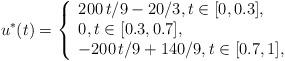
LaTeX: \begin{align*}{u^*}(t) = \left\{ \begin{array}{l}200\,t/9 - 20/3,t \in [0,0.3],\\0,t \in [0.3,0.7],\\ - 200\,t/9 + 140/9,t \in [0.7,1],\end{array} \right.\end{align*}